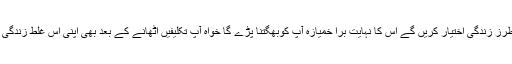
البتہ آپ اپنی غلط فہمی کی وجہ سے جو طرز زندگی اختیار کریں گے اس کا نہایت برا خمیازہ آپ کوبھگتنا پڑے گا خواہ آپ تکلیفیں اٹھانے کے بعد بھی اپنی اس غلط زندگی کو بجائے خود صحیح ہی سمجھتے رہیں۔